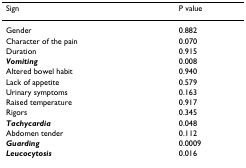
<table><thead><tr><td><b>Sign</b></td><td><b>P value</b></td></tr></thead><tbody><tr><td>Gender</td><td>0.882</td></tr><tr><td>Character of the pain</td><td>0.070</td></tr><tr><td>Duration</td><td>0.915</td></tr><tr><td><b><i>Vomiting</i></b></td><td>0.008</td></tr><tr><td>Altered bowel habit</td><td>0.940</td></tr><tr><td>Lack of appetite</td><td>0.579</td></tr><tr><td>Urinary symptoms</td><td>0.163</td></tr><tr><td>Raised temperature</td><td>0.917</td></tr><tr><td>Rigors</td><td>0.345</td></tr><tr><td><b><i>Tachycardia</i></b></td><td>0.048</td></tr><tr><td>Abdomen tender</td><td>0.112</td></tr><tr><td><b><i>Guarding</i></b></td><td>0.0009</td></tr><tr><td><b><i>Leucocytosis</i></b></td><td>0.016</td></tr></tbody></table>